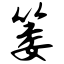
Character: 篓